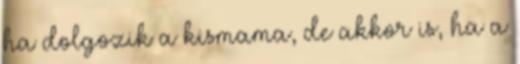
ha dolgozik a kismama, de akkor is, ha a